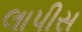
લાપીસ